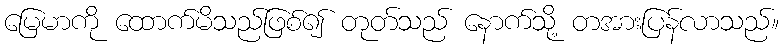
မြေမာကို ထောက်မိသည်ဖြစ်၍ တုတ်သည် နောက်သို့ တအားပြန်လာသည်။